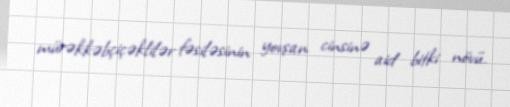
mürəkkəbçiçəklilər fəsiləsinin yovşan cinsinə aid bitki növü.